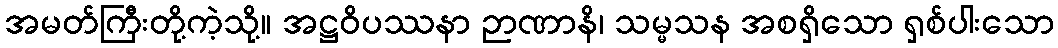
အမတ်ကြီးတို့ကဲ့သို့။ အဋ္ဌဝိပဿနာ ဉာဏာနိ၊ သမ္မသန အစရှိသော ရှစ်ပါးသော